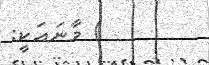
) މާނައަކީ: